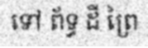
ទៅ ព័ទ្ធ ដី ព្រៃ